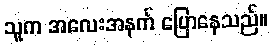
သူက အလေးအနက် ပြောနေသည်။